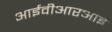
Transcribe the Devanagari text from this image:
आईवीआरआई